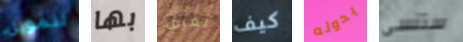
لتمويل بها تعرف كيف بدونه ستنسى